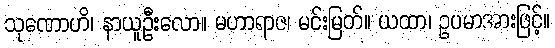
သုဏောဟိ၊ နာယူဦးလော။ မဟာရာဇ၊ မင်းမြတ်။ ယထာ၊ ဥပမာအားဖြင့်။